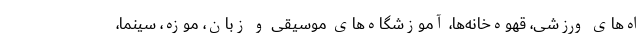
اه‌های ورزشی، قهوه‌خانه‌ها، آموزشگاه‌های موسیقی و زبان، موزه، سینما،